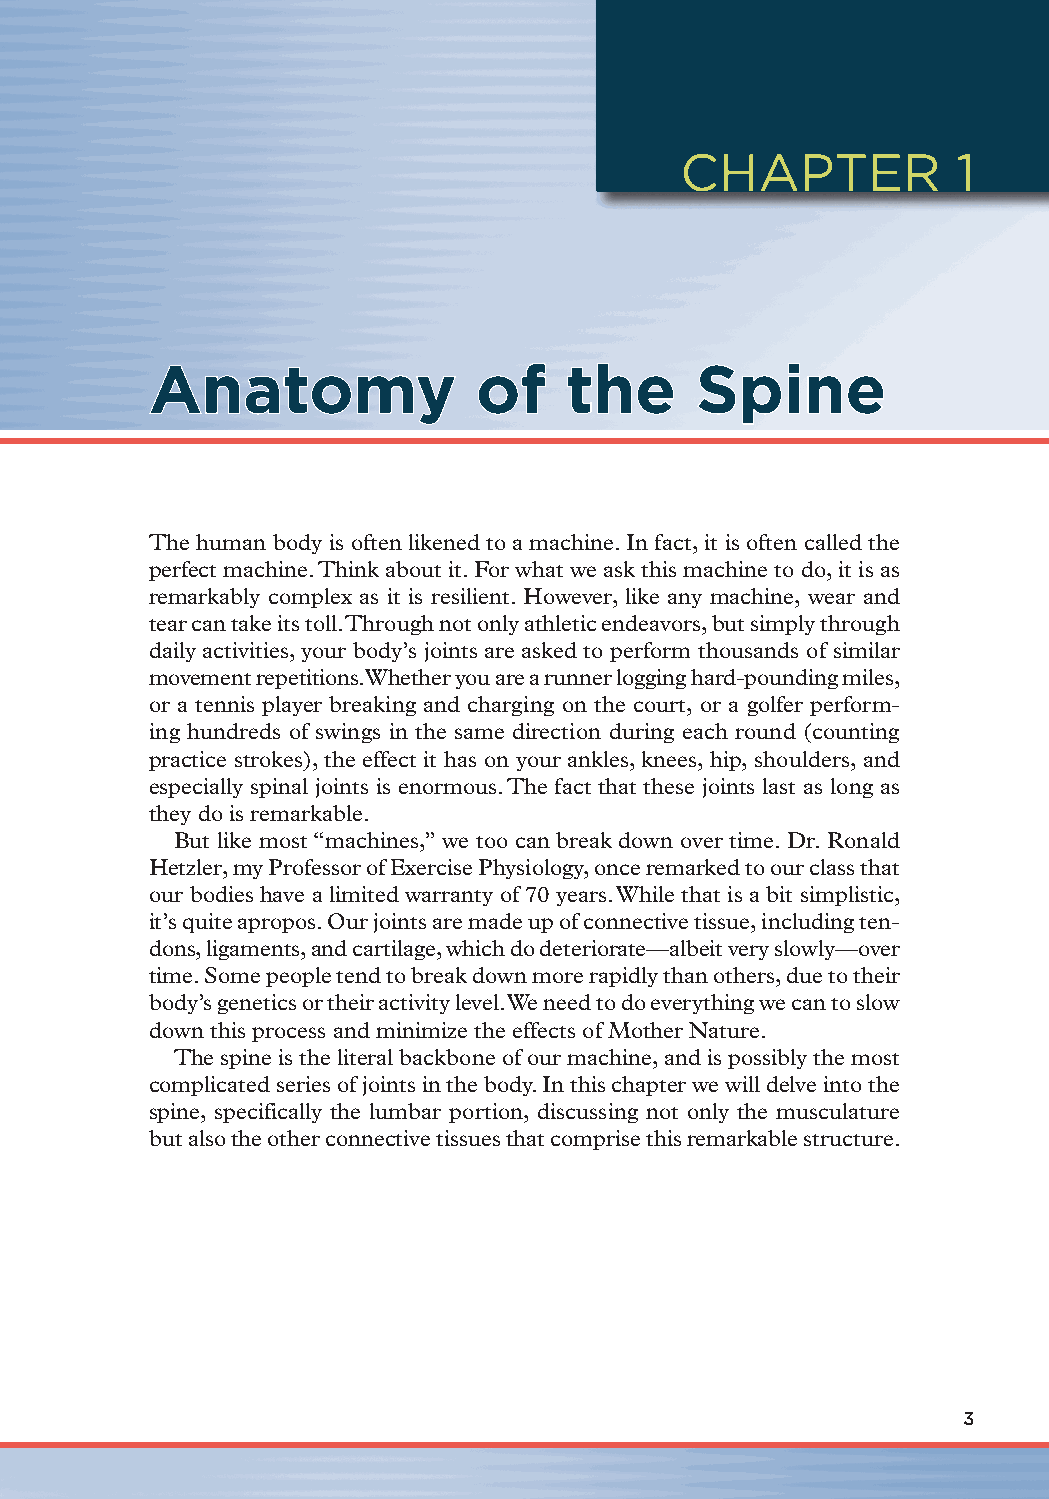
CHAPTER           1
 AAnnaattoommyy        ooff  tthhee   SSppiinnee
 The human body is often likened to a machine. In fact, it is often called the
 perfect machine. Think about it. For what we ask this machine to do, it is as
 remarkably complex as it is resilient. However, like any machine, wear and
 tear can take its toll. Through not only athletic endeavors, but simply through
 daily activities, your body’s joints are asked to perform thousands of similar
 movement repetitions. Whether you are a runner logging hard-pounding miles,
 or a tennis player breaking and charging on the court, or a golfer perform-
 ing hundreds of swings in the same direction during each round (counting
 practice strokes), the effect it has on your ankles, knees, hip, shoulders, and
 especially spinal joints is enormous. The fact that these joints last as long as
 they do is remarkable.
 But like most “machines,” we too can break down over time. Dr. Ronald
 Hetzler, my Professor of Exercise Physiology, once remarked to our class that
 our bodies have a limited warranty of 70 years. While that is a bit simplistic,
 it’s quite apropos. Our joints are made up of connective tissue, including ten-
 dons, ligaments, and cartilage, which do deteriorate—albeit very slowly—over
 time. Some people tend to break down more rapidly than others, due to their
 body’s genetics or their activity level. We need to do everything we can to slow
 down this process and minimize the effects of Mother Nature.
 The spine is the literal backbone of our machine, and is possibly the most
 complicated series of joints in the body. In this chapter we will delve into the
 spine, specifically the lumbar portion, discussing not only the musculature
 but also the other connective tissues that comprise this remarkable structure.
 3